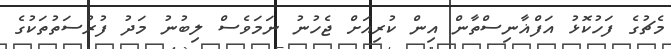
މެޗުގެ ފަހުކޮޅު އަފްޣާނިސްތާން އިން ކުރިއަށް ޖެހުނު ނަމަވެސް ލިބުނު މަދު ފުރުސަތުތަކުގެ